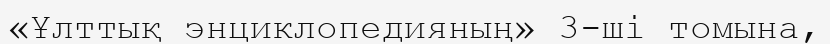
«Ұлттық энциклопедияның» 3-ші томына,